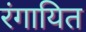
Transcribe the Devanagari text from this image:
रंगायित